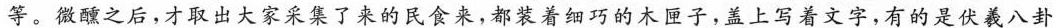
等。微醺之后，才取出大家采集了来的民食来，都装着细巧的木匣子，盖上写着文字，有的是伏羲八卦